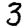
Digit: 3